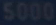
Step